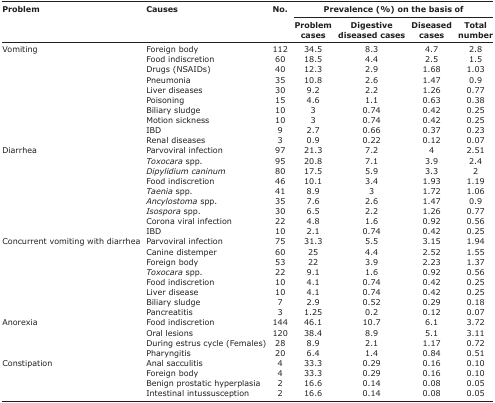
<table><thead><tr><td rowspan="3"><b>Problem</b></td><td rowspan="3"><b>Causes</b></td><td rowspan="3"><b>No.</b></td><td colspan="4"><b>Prevalence (%) on the basis of</b></td></tr><tr><td><b>Problem cases</b></td><td><b>Digestive diseased cases</b></td><td><b>Diseased cases</b></td><td><b>Total number</b></td></tr></thead><tbody><tr><td>Vomiting</td><td>Foreign body</td><td>112</td><td>34.5</td><td>8.3</td><td>4.7</td><td>2.8</td></tr><tr><td></td><td>Food indiscretion</td><td>60</td><td>18.5</td><td>4.4</td><td>2.5</td><td>1.5</td></tr><tr><td></td><td>Drugs (NSAIDs)</td><td>40</td><td>12.3</td><td>2.9</td><td>1.68</td><td>1.03</td></tr><tr><td></td><td>Pneumonia</td><td>35</td><td>10.8</td><td>2.6</td><td>1.47</td><td>0.9</td></tr><tr><td></td><td>Liver diseases</td><td>30</td><td>9.2</td><td>2.2</td><td>1.26</td><td>0.77</td></tr><tr><td></td><td>Poisoning</td><td>15</td><td>4.6</td><td>1.1</td><td>0.63</td><td>0.38</td></tr><tr><td></td><td>Biliary sludge</td><td>10</td><td>3</td><td>0.74</td><td>0.42</td><td>0.25</td></tr><tr><td></td><td>Motion sickness</td><td>10</td><td>3</td><td>0.74</td><td>0.42</td><td>0.25</td></tr><tr><td></td><td>IBD</td><td>9</td><td>2.7</td><td>0.66</td><td>0.37</td><td>0.23</td></tr><tr><td></td><td>Renal diseases</td><td>3</td><td>0.9</td><td>0.22</td><td>0.12</td><td>0.07</td></tr><tr><td>Diarrhea</td><td>Parvoviral infection</td><td>97</td><td>21.3</td><td>7.2</td><td>4</td><td>2.51</td></tr><tr><td></td><td><i>Toxocara</i> spp.</td><td>95</td><td>20.8</td><td>7.1</td><td>3.9</td><td>2.4</td></tr><tr><td></td><td><i>Dipylidium caninum</i></td><td>80</td><td>17.5</td><td>5.9</td><td>3.3</td><td>2</td></tr><tr><td></td><td>Food indiscretion</td><td>46</td><td>10.1</td><td>3.4</td><td>1.93</td><td>1.19</td></tr><tr><td></td><td><i>Taenia</i> spp.</td><td>41</td><td>8.9</td><td>3</td><td>1.72</td><td>1.06</td></tr><tr><td></td><td><i>Ancylostoma</i> spp.</td><td>35</td><td>7.6</td><td>2.6</td><td>1.47</td><td>0.9</td></tr><tr><td></td><td><i>Isospora</i> spp.</td><td>30</td><td>6.5</td><td>2.2</td><td>1.26</td><td>0.77</td></tr><tr><td></td><td>Corona viral infection</td><td>22</td><td>4.8</td><td>1.6</td><td>0.92</td><td>0.56</td></tr><tr><td></td><td>IBD</td><td>10</td><td>2.1</td><td>0.74</td><td>0.42</td><td>0.25</td></tr><tr><td>Concurrent vomiting with diarrhea</td><td>Parvoviral infection</td><td>75</td><td>31.3</td><td>5.5</td><td>3.15</td><td>1.94</td></tr><tr><td></td><td>Canine distemper</td><td>60</td><td>25</td><td>4.4</td><td>2.52</td><td>1.55</td></tr><tr><td></td><td>Foreign body</td><td>53</td><td>22</td><td>3.9</td><td>2.23</td><td>1.37</td></tr><tr><td></td><td><i>Toxocara</i> spp.</td><td>22</td><td>9.1</td><td>1.6</td><td>0.92</td><td>0.56</td></tr><tr><td></td><td>Food indiscretion</td><td>10</td><td>4.1</td><td>0.74</td><td>0.42</td><td>0.25</td></tr><tr><td></td><td>Liver disease</td><td>10</td><td>4.1</td><td>0.74</td><td>0.42</td><td>0.25</td></tr><tr><td></td><td>Biliary sludge</td><td>7</td><td>2.9</td><td>0.52</td><td>0.29</td><td>0.18</td></tr><tr><td></td><td>Pancreatitis</td><td>3</td><td>1.25</td><td>0.2</td><td>0.12</td><td>0.07</td></tr><tr><td>Anorexia</td><td>Food indiscretion</td><td>144</td><td>46.1</td><td>10.7</td><td>6.1</td><td>3.72</td></tr><tr><td></td><td>Oral lesions</td><td>120</td><td>38.4</td><td>8.9</td><td>5.1</td><td>3.11</td></tr><tr><td></td><td>During estrus cycle (Females)</td><td>28</td><td>8.9</td><td>2.1</td><td>1.17</td><td>0.72</td></tr><tr><td></td><td>Pharyngitis</td><td>20</td><td>6.4</td><td>1.4</td><td>0.84</td><td>0.51</td></tr><tr><td>Constipation</td><td>Anal sacculitis</td><td>4</td><td>33.3</td><td>0.29</td><td>0.16</td><td>0.10</td></tr><tr><td></td><td>Foreign body</td><td>4</td><td>33.3</td><td>0.29</td><td>0.16</td><td>0.10</td></tr><tr><td></td><td>Benign prostatic hyperplasia</td><td>2</td><td>16.6</td><td>0.14</td><td>0.08</td><td>0.05</td></tr><tr><td></td><td>Intestinal intussusception</td><td>2</td><td>16.6</td><td>0.14</td><td>0.08</td><td>0.05</td></tr></tbody></table>